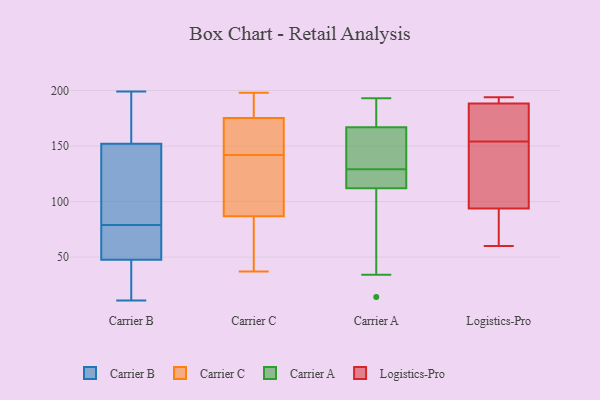
{"axis": {"x": "Active Users", "y": "Value"}, "legend": ["Carrier A", "Carrier B", "Carrier C", "Logistics-Pro"], "data": [{"x": "", "y": 40, "type": "Carrier B"}, {"x": "", "y": 75, "type": "Carrier B"}, {"x": "", "y": 11, "type": "Carrier B"}, {"x": "", "y": 152, "type": "Carrier B"}, {"x": "", "y": 163, "type": "Carrier B"}, {"x": "", "y": 199, "type": "Carrier B"}, {"x": "", "y": 35, "type": "Carrier B"}, {"x": "", "y": 152, "type": "Carrier B"}, {"x": "", "y": 25, "type": "Carrier B"}, {"x": "", "y": 74, "type": "Carrier B"}, {"x": "", "y": 103, "type": "Carrier B"}, {"x": "", "y": 164, "type": "Carrier B"}, {"x": "", "y": 83, "type": "Carrier B"}, {"x": "", "y": 66, "type": "Carrier B"}, {"x": "", "y": 55, "type": "Carrier B"}, {"x": "", "y": 113, "type": "Carrier B"}, {"x": "", "y": 161, "type": "Carrier C"}, {"x": "", "y": 85, "type": "Carrier C"}, {"x": "", "y": 142, "type": "Carrier C"}, {"x": "", "y": 125, "type": "Carrier C"}, {"x": "", "y": 176, "type": "Carrier C"}, {"x": "", "y": 173, "type": "Carrier C"}, {"x": "", "y": 135, "type": "Carrier C"}, {"x": "", "y": 190, "type": "Carrier C"}, {"x": "", "y": 162, "type": "Carrier C"}, {"x": "", "y": 195, "type": "Carrier C"}, {"x": "", "y": 37, "type": "Carrier C"}, {"x": "", "y": 60, "type": "Carrier C"}, {"x": "", "y": 40, "type": "Carrier C"}, {"x": "", "y": 198, "type": "Carrier C"}, {"x": "", "y": 92, "type": "Carrier C"}, {"x": "", "y": 167, "type": "Carrier A"}, {"x": "", "y": 119, "type": "Carrier A"}, {"x": "", "y": 34, "type": "Carrier A"}, {"x": "", "y": 186, "type": "Carrier A"}, {"x": "", "y": 114, "type": "Carrier A"}, {"x": "", "y": 130, "type": "Carrier A"}, {"x": "", "y": 112, "type": "Carrier A"}, {"x": "", "y": 149, "type": "Carrier A"}, {"x": "", "y": 193, "type": "Carrier A"}, {"x": "", "y": 137, "type": "Carrier A"}, {"x": "", "y": 128, "type": "Carrier A"}, {"x": "", "y": 112, "type": "Carrier A"}, {"x": "", "y": 52, "type": "Carrier A"}, {"x": "", "y": 167, "type": "Carrier A"}, {"x": "", "y": 176, "type": "Carrier A"}, {"x": "", "y": 14, "type": "Carrier A"}, {"x": "", "y": 111, "type": "Logistics-Pro"}, {"x": "", "y": 88, "type": "Logistics-Pro"}, {"x": "", "y": 161, "type": "Logistics-Pro"}, {"x": "", "y": 190, "type": "Logistics-Pro"}, {"x": "", "y": 194, "type": "Logistics-Pro"}, {"x": "", "y": 60, "type": "Logistics-Pro"}, {"x": "", "y": 193, "type": "Logistics-Pro"}, {"x": "", "y": 154, "type": "Logistics-Pro"}, {"x": "", "y": 183, "type": "Logistics-Pro"}, {"x": "", "y": 69, "type": "Logistics-Pro"}, {"x": "", "y": 134, "type": "Logistics-Pro"}]}